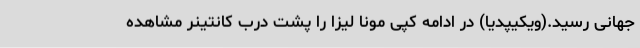
جهانی رسید.(ویکیپدیا) در ادامه کپی مونا لیزا را پشت درب کانتینر مشاهده